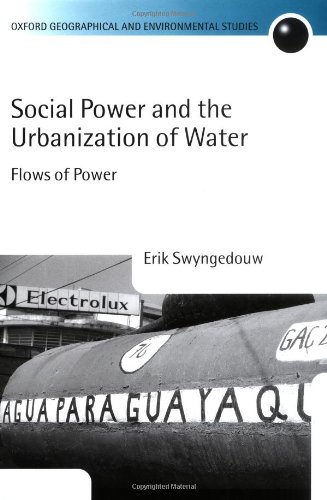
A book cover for Social Power and the Urbanization of Water: Flows of Power (Oxford Geographical and Environmental Studies Series); Erik Swyngedouw; Science & Math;